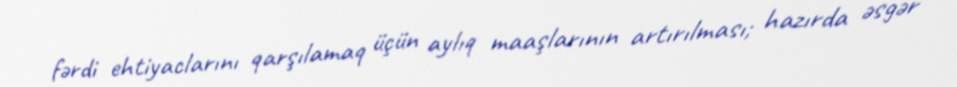
fərdi ehtiyaclarını qarşılamaq üçün aylıq maaşlarının artırılması; hazırda əsgər